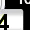
Digit: 3